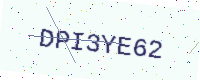
Text: DPI3YE62